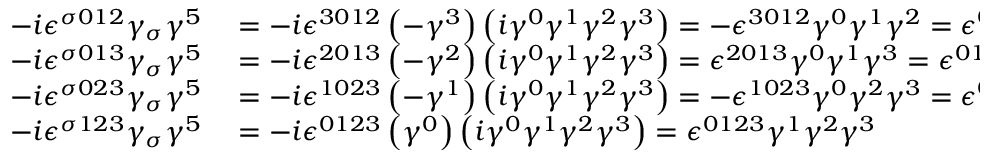
\begin{array} { r l } { - i \epsilon ^ { \sigma 0 1 2 } \gamma _ { \sigma } \gamma ^ { 5 } } & { { } = - i \epsilon ^ { 3 0 1 2 } \left( - \gamma ^ { 3 } \right) \left( i \gamma ^ { 0 } \gamma ^ { 1 } \gamma ^ { 2 } \gamma ^ { 3 } \right) = - \epsilon ^ { 3 0 1 2 } \gamma ^ { 0 } \gamma ^ { 1 } \gamma ^ { 2 } = \epsilon ^ { 0 1 2 3 } \gamma ^ { 0 } \gamma ^ { 1 } \gamma ^ { 2 } } \\ { - i \epsilon ^ { \sigma 0 1 3 } \gamma _ { \sigma } \gamma ^ { 5 } } & { { } = - i \epsilon ^ { 2 0 1 3 } \left( - \gamma ^ { 2 } \right) \left( i \gamma ^ { 0 } \gamma ^ { 1 } \gamma ^ { 2 } \gamma ^ { 3 } \right) = \epsilon ^ { 2 0 1 3 } \gamma ^ { 0 } \gamma ^ { 1 } \gamma ^ { 3 } = \epsilon ^ { 0 1 2 3 } \gamma ^ { 0 } \gamma ^ { 1 } \gamma ^ { 3 } } \\ { - i \epsilon ^ { \sigma 0 2 3 } \gamma _ { \sigma } \gamma ^ { 5 } } & { { } = - i \epsilon ^ { 1 0 2 3 } \left( - \gamma ^ { 1 } \right) \left( i \gamma ^ { 0 } \gamma ^ { 1 } \gamma ^ { 2 } \gamma ^ { 3 } \right) = - \epsilon ^ { 1 0 2 3 } \gamma ^ { 0 } \gamma ^ { 2 } \gamma ^ { 3 } = \epsilon ^ { 0 1 2 3 } \gamma ^ { 0 } \gamma ^ { 2 } \gamma ^ { 3 } } \\ { - i \epsilon ^ { \sigma 1 2 3 } \gamma _ { \sigma } \gamma ^ { 5 } } & { { } = - i \epsilon ^ { 0 1 2 3 } \left( \gamma ^ { 0 } \right) \left( i \gamma ^ { 0 } \gamma ^ { 1 } \gamma ^ { 2 } \gamma ^ { 3 } \right) = \epsilon ^ { 0 1 2 3 } \gamma ^ { 1 } \gamma ^ { 2 } \gamma ^ { 3 } } \end{array}